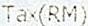
TAX(RM)